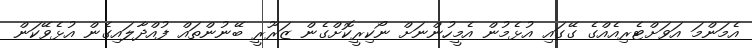
އެމަންމަ އަވަށްޓެރިއެއްގެ ގޭގައި އުޅެމުން އެމީހުންނަށް ނޯކިރީކޮށްގެން ޒަރޫރީ ބޭނުންތައް ފުއްދާލައިގެން އުޅެވޭކަން